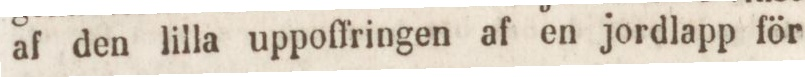
af den lilla uppoffringen af en jordlapp för